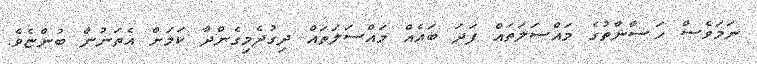
ނަމަވެސް ހަޟާނާތުގެ މައްސަލަތައް ފަދަ ބައެއް މައްސަލަތައް ދިގުދެމިގެންދާ ކަމަށް އެތަނުން ބުންޏެވެ.